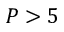
P > 5